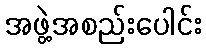
အဖွဲ့အစည်းပေါင်း